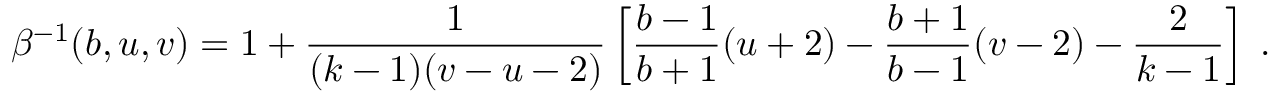
\beta ^ { - 1 } ( b , u , v ) = 1 + \frac { 1 } { ( k - 1 ) ( v - u - 2 ) } \left[ \frac { b - 1 } { b + 1 } ( u + 2 ) - \frac { b + 1 } { b - 1 } ( v - 2 ) - \frac { 2 } { k - 1 } \right] \; .